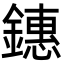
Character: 鏸